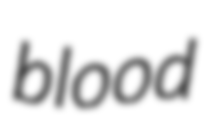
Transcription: blood